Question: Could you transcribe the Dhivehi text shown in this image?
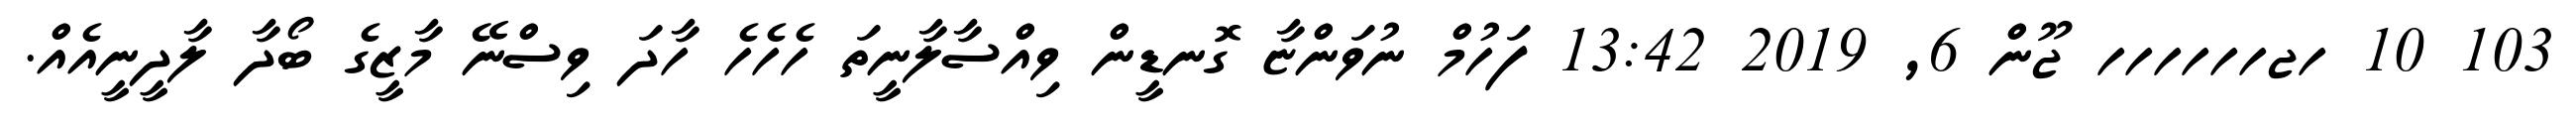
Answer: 103 10 ހޖހހހހހހ ޖޫން 6, 2019 13:42 ފަހުމް ނުވަންޏާ ގޮނޑީން ވިއްސާލާނީތަ ހެހެހެ ހާދަ ވިސްނޭ މާޒީގެ ބޯދާ ލާދީނީއެއް.